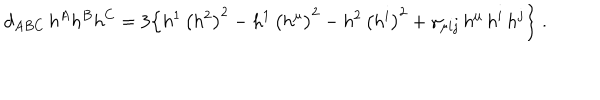
d _ { A B C } \, h ^ { A } h ^ { B } h ^ { C } = 3 \Big \{ h ^ { 1 } \, \big ( h ^ { 2 } \big ) ^ { 2 } - h ^ { 1 } \, \big ( h ^ { \mu } \big ) ^ { 2 } - h ^ { 2 } \, \big ( h ^ { i } \big ) ^ { 2 } + \gamma _ { \mu i j } \, h ^ { \mu } \, h ^ { i } \, h ^ { j } \Big \} \ .